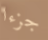
جزءا